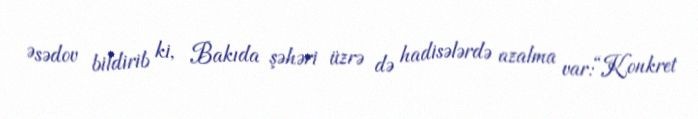
Əsədov bildirib ki, Bakıda şəhəri üzrə də hadisələrdə azalma var:“Konkret